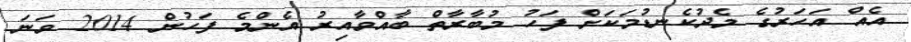
އެއް އަހަރުގެ މެދުކެނޑުމަކަށް ފަހު މުބާރާތް ބާއްވާއިރު އެންމެ ފަހުން 2014 ވަނަ